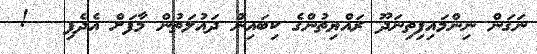
ނަގަން ނިންމައިފިތިނަދޫ ރައްޔިތުންގެ ކިބައިން ދައުލަތުން މާފަށް އެދެފި   !